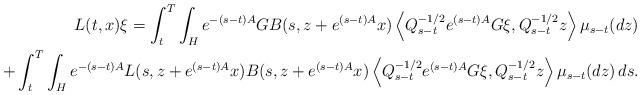
LaTeX: \begin{align*} L(t,x)\xi=\int_t^T\int_{H}e^{-(s-t){A}}GB(s,z+e^{(s-t){A}}x)\left\langle Q_{s-t}^{-1/2}e^{(s-t){A}}G\xi,Q_{s-t}^{-1/2}z\right\rangle \mu_{s-t}(dz)\\+\int_{t}^{T}\int_{H}e^{-(s-t){A}} L(s,z+e^{(s-t){A}}x)B(s,z+e^{(s-t){A}}x) \left\langle Q_{s-t}^{-1/2} e^{(s-t){A}}G\xi,Q_{s-t}^{-1/2}z\right\rangle \mu_{s-t}(dz)\,ds.\end{align*}